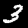
Label: 3